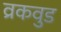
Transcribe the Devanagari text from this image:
व्रकवुड